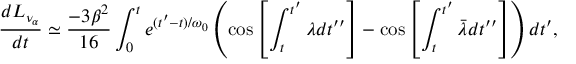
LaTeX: { \frac { d L _ { \nu _ { \alpha } } } { d t } } \simeq { \frac { - 3 \beta ^ { 2 } } { 1 6 } } \int _ { 0 } ^ { t } e ^ { ( t ^ { \prime } - t ) / \omega _ { 0 } } \left( \cos \left[ \int _ { t } ^ { t ^ { \prime } } \lambda d t ^ { \prime \prime } \right] - \cos \left[ \int _ { t } ^ { t ^ { \prime } } \bar { \lambda } d t ^ { \prime \prime } \right] \right) d t ^ { \prime } ,